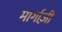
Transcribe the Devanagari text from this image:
मार्गाज़ी